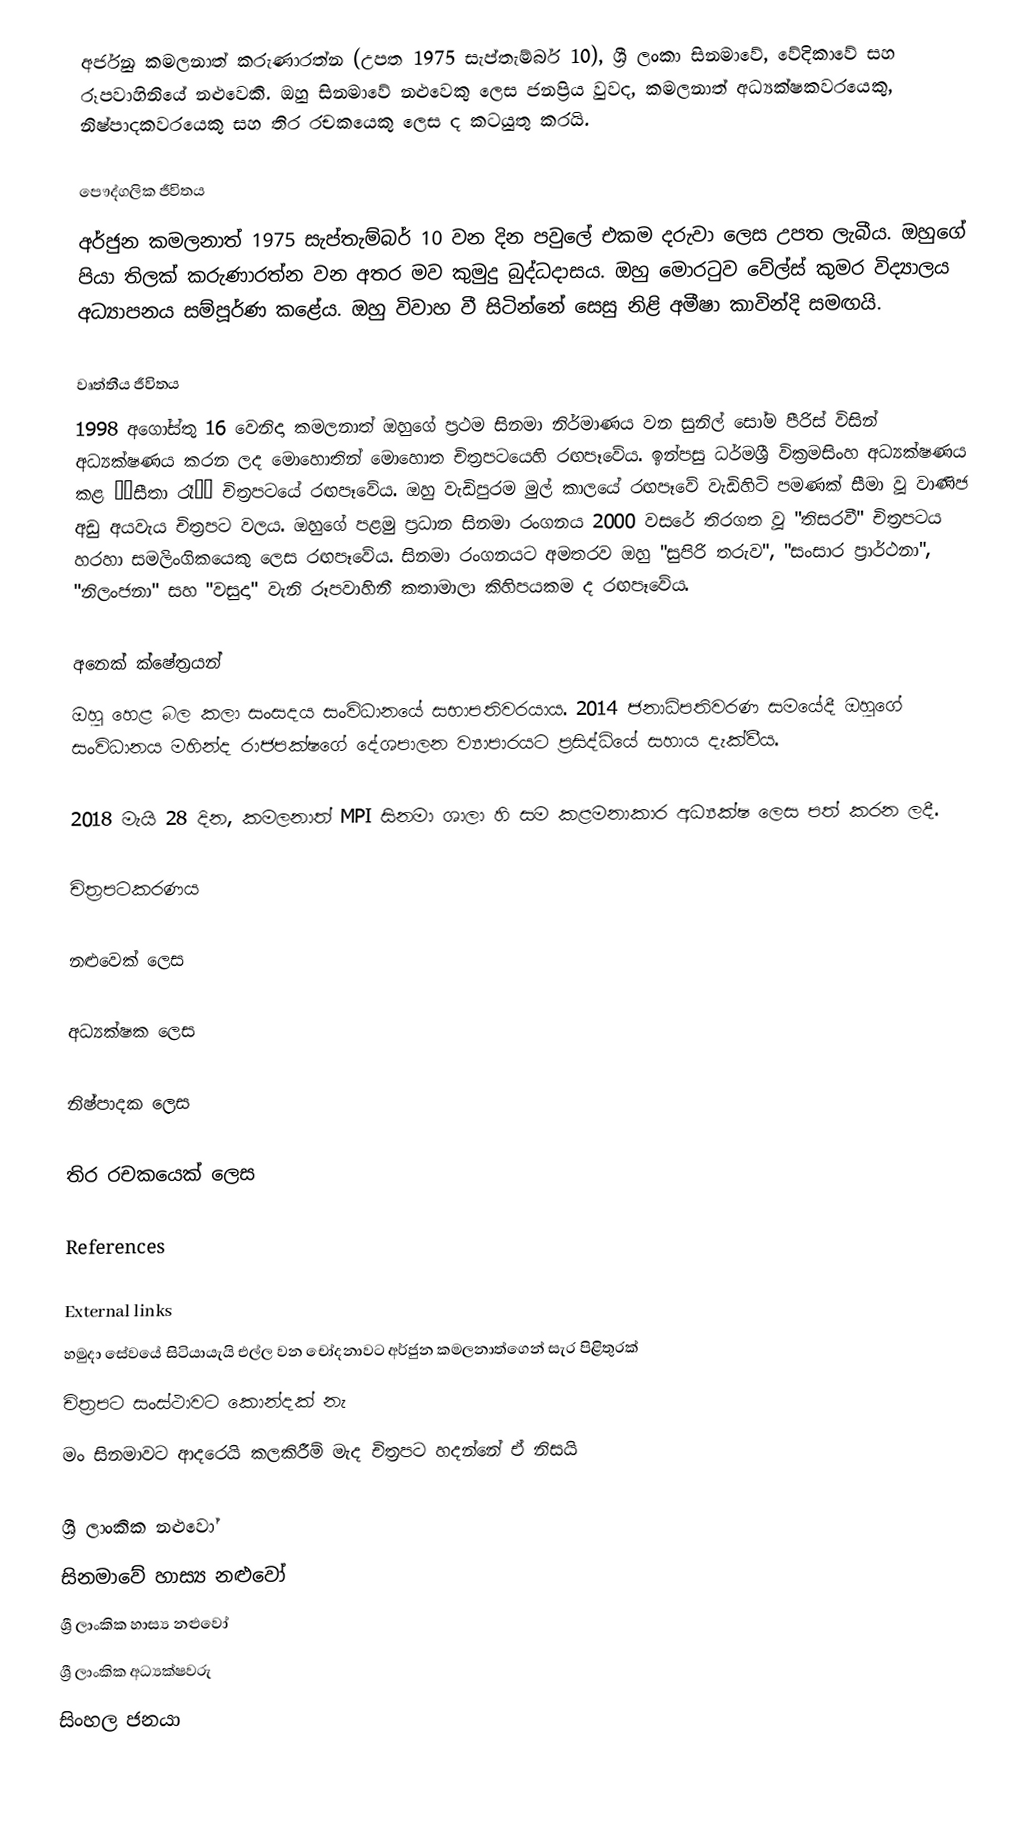
අර්ජුන කමලනාත් කරුණාරත්න (උපත 1975 සැප්තැම්බර් 10), ශ්‍රී ලංකා සිනමාවේ, වේදිකාවේ සහ රූපවාහිනියේ නළුවෙකි. ඔහු සිනමාවේ නළුවෙකු ලෙස ජනප්‍රිය වුවද, කමලනාත් අධ්‍යක්ෂකවරයෙකු, නිෂ්පාදකවරයෙකු සහ තිර රචකයෙකු ලෙස ද කටයුතු කරයි.

පෞද්ගලික ජීවිතය
අර්ජුන කමලනාත් 1975 සැප්තැම්බර් 10 වන දින පවුලේ එකම දරුවා ලෙස උපත ලැබීය. ඔහුගේ පියා තිලක් කරුණාරත්න වන අතර මව කුමුදු බුද්ධදාසය. ඔහු මොරටුව වේල්ස් කුමර විද්‍යාලය අධ්‍යාපනය සම්පූර්ණ කළේය. ඔහු විවාහ වී සිටින්නේ සෙසු නිළි අමීෂා කාවින්දි සමඟයි.

වෘත්තීය ජීවිතය
1998 අගෝස්තු 16 වෙනිදා කමලනාත් ඔහුගේ ප්‍රථම සිනමා නිර්මාණය වන සුනිල් සෝම පීරිස් විසින් අධ්‍යක්ෂණය කරන ලද මොහොතින් මොහොත චිත්‍රපටයෙහි රඟපෑවේය. ඉන්පසු ධර්මශ්‍රී වික්‍රමසිංහ අධ්‍යක්ෂණය කළ ‘‘සීතා රෑ’’ චිත්‍රපටයේ රඟපෑවේය. ඔහු වැඩිපුරම මුල් කාලයේ රඟපෑවේ වැඩිහිටි පමණක් සීමා වූ වාණිජ අඩු අයවැය චිත්‍රපට වලය. ඔහුගේ පළමු ප්‍රධාන සිනමා රංගනය 2000 වසරේ තිරගත වූ "තිසරවී" චිත්‍රපටය හරහා සමලිංගිකයෙකු ලෙස රඟපෑවේය. සිනමා රංගනයට අමතරව ඔහු "සුපිරි තරුව", "සංසාර ප්‍රාර්ථනා", "නිලංජනා" සහ "වසුදා" වැනි රූපවාහිනී කතාමාලා කිහිපයකම ද රඟපෑවේය.

අනෙක් ක්ෂේත්‍රයන්
ඔහු හෙළ බල කලා සංසදය සංවිධානයේ සභාපතිවරයාය. 2014 ජනාධිපතිවරණ සමයේදී ඔහුගේ සංවිධානය මහින්ද රාජපක්ෂගේ දේශපාලන ව්‍යාපාරයට ප්‍රසිද්ධියේ සහාය දැක්වීය.

2018 මැයි 28 දින, කමලනාත් MPI සිනමා ශාලා හි සම කළමනාකාර අධ්‍යක්ෂ ලෙස පත් කරන ලදී.

චිත්‍රපටකරණය

නළුවෙක් ලෙස

අධ්‍යක්ෂක ලෙස

නිෂ්පාදක ලෙස

තිර රචකයෙක් ලෙස

References

External links
 හමුදා සේවයේ සිටියායැයි එල්ල වන චෝදනාවට අර්ජුන කමලනාත්ගෙන් සැර පිළිතුරක්
 චිත්‍රපට සංස්ථාවට කොන්දක් නැ
 මං සිනමාවට ආදරෙයි කලකිරීම් මැද චිත්‍රපට හදන්නේ ඒ නිසයි

ශ්‍රී ලාංකික නළුවෝ
සිනමාවේ හාස්‍ය නළුවෝ
ශ්‍රී ලාංකික හාස්‍ය නළුවෝ
ශ්‍රී ලාංකික අධ්‍යක්ෂවරු
සිංහල ජනයා